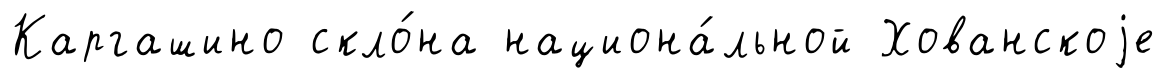
Каргашино скло́на национа́льной Хованскоjе